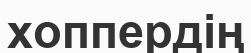
хоппердің